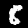
Digit: 8